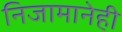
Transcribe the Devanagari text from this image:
निजामानेही